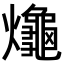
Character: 𪚱